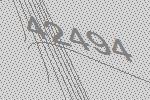
42494